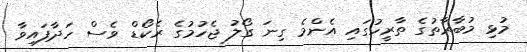
މުޅި މުބާރާތުގެ ތާރީހުގައި އެންމެ ގިނަ ގޯލު ޖެހުމުގެ ރެކޯޑް ވެސް ހަދާފައިވާ